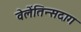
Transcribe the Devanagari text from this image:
वेलेंतिन्सदाग